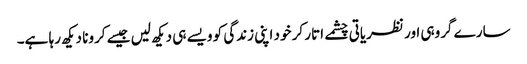
سارے گروہی اور نظریاتی چشمے اتار کر خود اپنی زندگی کو ویسے ہی دیکھ لیں جیسے کرونا دیکھ رہا ہے۔